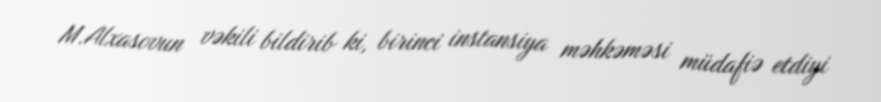
M.Alxasovun vəkili bildirib ki, birinci instansiya məhkəməsi müdafiə etdiyi